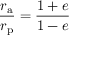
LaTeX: { \frac { r _ { \mathrm { a } } } { r _ { \mathrm { p } } } } = { \frac { 1 + e } { 1 - e } }